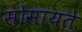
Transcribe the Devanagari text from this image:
सोसायते